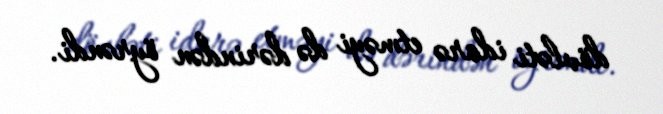
dövləti idarə etməyi də dərindən öyrəndi.